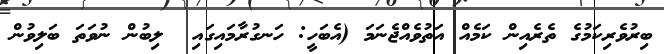
ބިރުވެރިކަމުގެ ތެރެއިން ކަމެއް އަތުވެއްޖެނަމަ (އެބަހީ: ހަނގުރާމައިގައި  ލިބުން ނުވަތަ ބަލިވުން